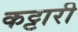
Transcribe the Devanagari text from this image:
कट्टारी